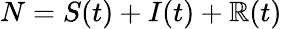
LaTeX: N=S(t)+I(t)+\mathbb{R}(t)